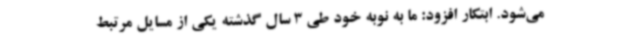
می‌شود. ابتکار افزود: ما به نوبه خود طی 3 سال گذشته یکی از مسایل مرتبط